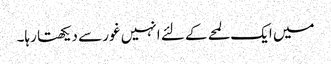
میں ایک لمحے کے لئے انہیں غور سے دیکھتا رہا۔